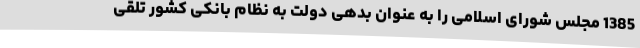
1385 مجلس شورای اسلامی را به عنوان بدهی دولت به نظام بانکی کشور تلقی